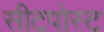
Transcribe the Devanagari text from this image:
सीटपोस्ट